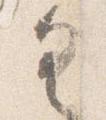
具